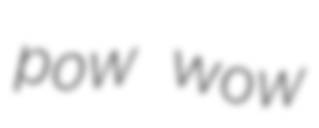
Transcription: pow wow